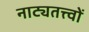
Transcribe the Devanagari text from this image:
नाट्यतत्त्वों